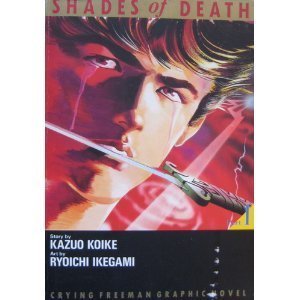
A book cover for Crying Freeman, No. 1: Shades of Death; Kazuo Koike; Comics & Graphic Novels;